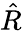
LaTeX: \hat{R}